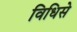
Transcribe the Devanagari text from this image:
विधिसे